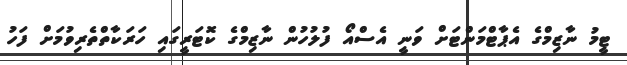
ޓީމު ނާޒިމްގެ އެޕާޓްމަންޓަށް ވަނީ އެސްއޯ ފުލުހުން ނާޒިމްގެ ކޮޓަރީގައި ހަރަކާތްތެރިވުމަށް ފަހު